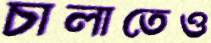
চালাতেও